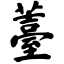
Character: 薹